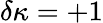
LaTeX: \delta\kappa=+1